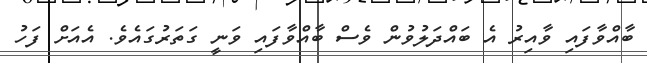
ބާއްވާފައި ވާއިރު އެ ބައްދަލުވުން ވެސް ބާއްވާފައި ވަނީ ގަތަރުގައެވެ. އެއަށް ފަހު